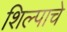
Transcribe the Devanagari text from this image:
शिल्पाचे